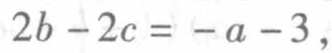
\(2b - 2c = -a - 3\)